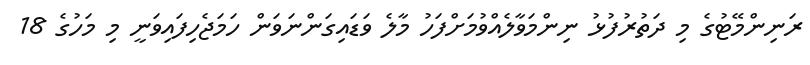
ރަނިންމޭޓުގެ މި ދަތުރުފުޅު ނިންމަވާލެއްވުމަށްފަހު މާލެ ވަޑައިގަންނަވަން ހަމަޖެހިފައިވަނީ މި މަހުގެ 18